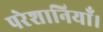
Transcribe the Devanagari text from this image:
परेशानियाँ।